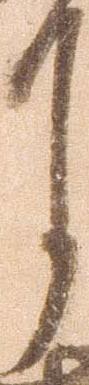
月